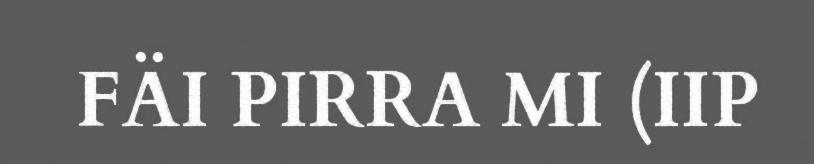
FÄI PIRRA MI (IIP